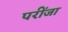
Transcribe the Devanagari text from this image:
परींजा